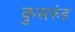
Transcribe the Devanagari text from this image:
कुसरुंड